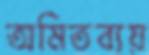
অমিতব্যয়